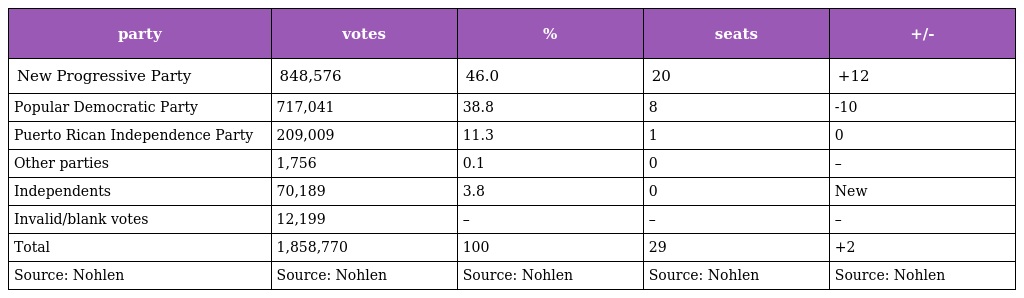
| party | votes | % | seats | +/- |
 | --- | --- | --- | --- | --- |
 | New Progressive Party | 848,576 | 46.0 | 20 | +12 |
 | Popular Democratic Party | 717,041 | 38.8 | 8 | -10 |
 | Puerto Rican Independence Party | 209,009 | 11.3 | 1 | 0 |
 | Other parties | 1,756 | 0.1 | 0 | – |
 | Independents | 70,189 | 3.8 | 0 | New |
 | Invalid/blank votes | 12,199 | – | – | – |
 | Total | 1,858,770 | 100 | 29 | +2 |
 | Source: Nohlen | Source: Nohlen | Source: Nohlen | Source: Nohlen | Source: Nohlen |